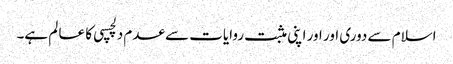
اسلام سے دوری اور اور اپنی مثبت روایات سے عدم دلچسپی کا عا لم ہے۔